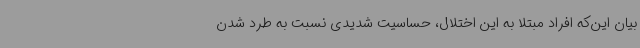
بیان این‌که افراد مبتلا به این اختلال، حساسیت شدیدی نسبت به طرد شدن